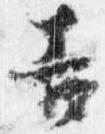
吉